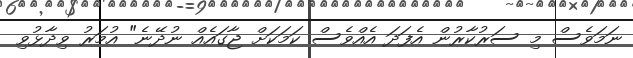
ނަމަވެސް މި ސަރުކާރުން އެފަދަ އެއްވެސް ކަމަކަށް ޖާގައެއް ނުދޭނެ" އުމަރު ވިދާޅުވި